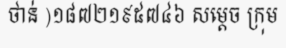
ថាន់ )១៨៧២១៩៥៧៤៦ សម្តេច ក្រុម